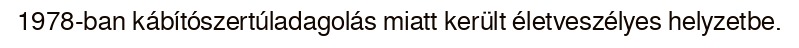
1978-ban kábítószertúladagolás miatt került életveszélyes helyzetbe.